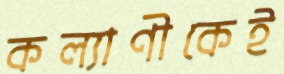
কল্যাণীকেই